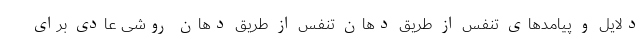
دلایل و پیامدهای تنفس از طریق دهان تنفس از طریق دهان روشی عادی برای